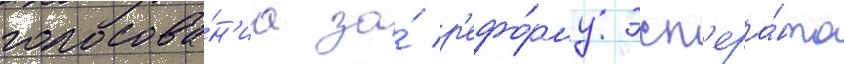
голосова́н'иа за́ р'ефо́рму эсп'ера́нто